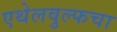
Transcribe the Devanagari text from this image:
एथेलवुल्फचा